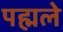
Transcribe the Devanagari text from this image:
पह्मले